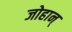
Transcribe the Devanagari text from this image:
जोहान्